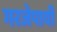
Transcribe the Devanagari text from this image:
गरजेपायी